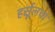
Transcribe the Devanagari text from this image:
हर्सूलचा